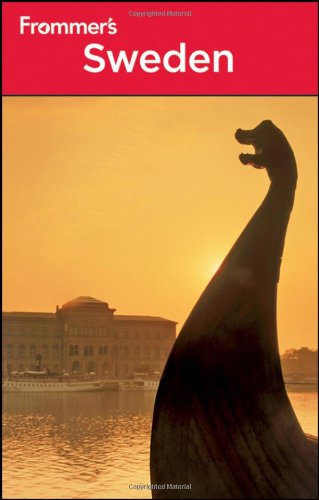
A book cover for Frommer's Sweden (Frommer's Complete Guides); Darwin Porter; Travel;